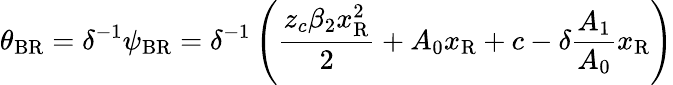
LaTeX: \theta_{\mathrm{{BR}}}=\delta^{-1}\psi_{\mathrm{{BR}}}=\delta^{-1}\left(\frac{z_{c}\beta_{2}x_{\mathrm{{R}}}^{2}}{2}+A_{0}x_{\mathrm{{R}}}+c-\delta\frac{A_{1}}{A_{0}}x_{\mathrm{{R}}}\right)